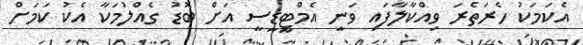
އެކަމަކު ހެރަތެރަ ވިއްކާލާފައި ވަނީ އެމްޓީޑީސީ އަށް ބޮޑު ގެއްލުމަކާ އެކު ކަމަށް